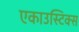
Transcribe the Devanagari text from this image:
एकाउस्टिक्स